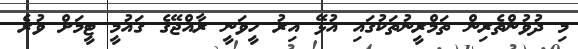
މި ދުވުންތެރިން ތަމްރީނުތަކުގައި އުޅޭ އިރު ހީވަނީ ރާއްޖޭގެ ގައުމީ ޓީމަށް ވުރެ